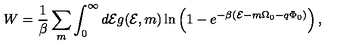
W = \frac { 1 } { \beta } \sum _ { m } \int _ { 0 } ^ { \infty } d { \cal E } g ( { \cal E } , m ) \ln \left( 1 - e ^ { - \beta ( { \cal E } - m \Omega _ { 0 } - q \Phi _ { 0 } ) } \right) ,